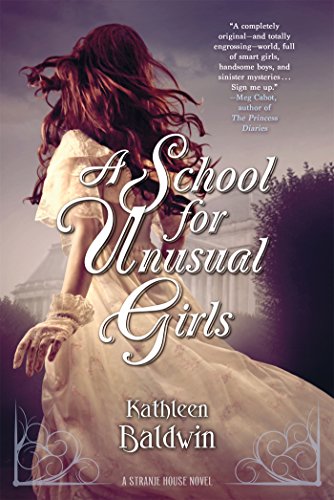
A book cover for A School for Unusual Girls: A Stranje House Novel; Kathleen Baldwin; Teen & Young Adult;